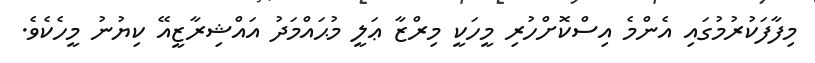
މިފާފަކުރުމުގައި އެންމެ އިސްކޮށްހުރި މީހަކީ މިރްޒާ ޢަލީ މުޙައްމަދު އައްޝިރާޒީއޭ ކިޔުނު މީހެކެވެ.